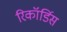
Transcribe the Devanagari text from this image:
रिकॉर्डिस